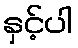
နှင့်ပါ